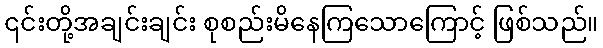
၎င်းတို့အချင်းချင်း စုစည်းမိနေကြသောကြောင့် ဖြစ်သည်။